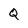
Character: Q